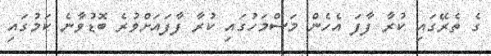
ގެ ތެރޭގައި ކުރާ ފާފަ އެހެން މަސްމަހުގައި ކުރާ ފާފައަށްވުރެ ބޮޑުވާނެ ކަމުގައި